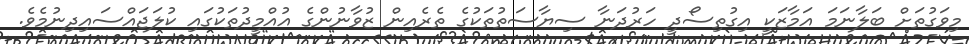
މިވަގުތަށް ބަލާނަމަ އަމާޒަކީ އިގުތިސޯދީ ހަރުދަނާ ސިޔާސަތުތަކުގެ ތެރެއިން ޒުވާނުންގެ އުއްމީދުތަކުގައި ކުލަޖައްސައިދިނުމެވެ.